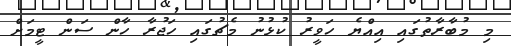
މި މުބާރާތުގައި އިއްޔެ ހަވީރު ކުޅުނު މެޗުގައި ހަޖުރާ ހާން ސަން ޓީމަށް